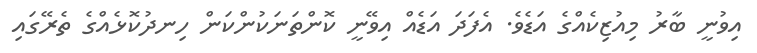
އިވުނީ ބާރު މިއުޒިކެއްގެ އަޑެވެ. އެފަދަ އަޑެއް އިވޭނީ ކޮންތަނަކުންކަން ހިނދުކޮޅެއްގެ ތެރޭގައި